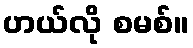
ဟယ်လို စမစ်။